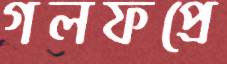
গলফপ্রে